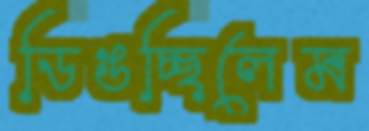
ডিঙচ্ছিলেম